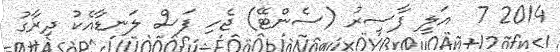
2014 7  އަލީ ފާސިރު (ސެންޓޭ) ޖެހި ފަސް ލަނޑާއެކު ދިރާގު